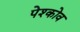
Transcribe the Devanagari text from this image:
पेश्कोव